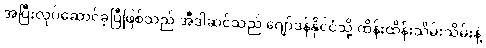
အပြီးလုပ်ဆောင်ခဲ့ပြီဖြစ်သည် အီဒါဆင်သည် ဂျော်ဒန်နိုင်ငံသို့ ထိန်းထိန်းသိမ်းသိမ်းနဲ့